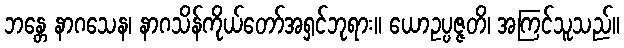
ဘန္တေ နာဂသေန၊ နာဂသိန်ကိုယ်တော်အရှင်ဘုရား။ ယောဥပ္ပဇ္ဇတိ၊ အကြင်သူသည်။